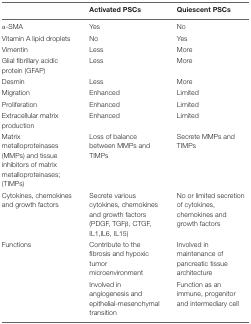
|  | Activated PSCs | Quiescent PSCs |
 | --- | --- | --- |
 | α-SMA | Yes | No |
 | Vitamin A lipid droplets | No | Yes |
 | Vimentin | Less | More |
 | Glial fibrillary acidic protein (GFAP) | Less | More |
 | Desmin | Less | More |
 | Migration | Enhanced | Limited |
 | Proliferation | Enhanced | Limited |
 | Extracellular matrix production | Enhanced | Limited |
 | Matrix metalloproteinases (MMPs) and tissue inhibitors of matrix metalloproteinases; (TIMPs) | Loss of balance between MMPs and TIMPs | Secrete MMPs and TIMPs |
 | Cytokines, chemokines and growth factors | Secrete various cytokines, chemokines and growth factors (PDGF, TGFβ, CTGF, IL1,IL6, IL15) | No or limited secretion of cytokines, chemokines and growth factors |
 | Functions | Contribute to the fibrosis and hypoxic tumor microenvironment | Involved in maintenance of pancreatic tissue architecture |
 |  | Involved in angiogenesis and epithelial-mesenchymal transition | Function as an immune, progenitor and intermediary cell |